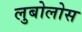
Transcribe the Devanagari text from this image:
लुबोलोस